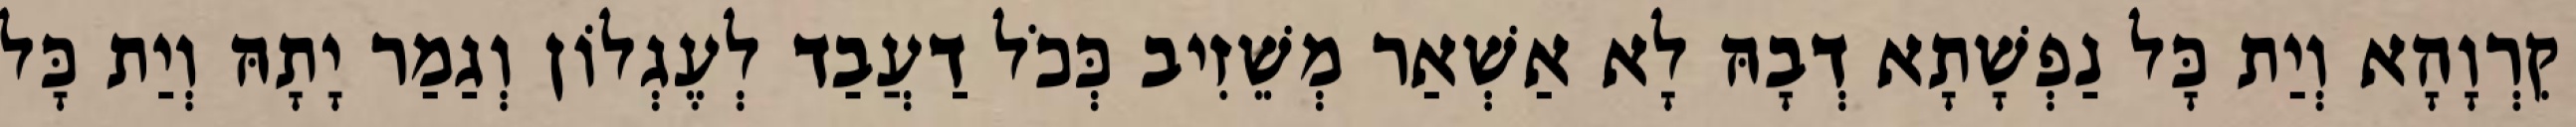
קִרְוָהָא וְיַת כָּל נַפְשָׁתָא דְבָהּ לָא אַשְׁאַר מְשֵׁזִיב כְּכֹל דַעֲבַד לְעֶגְלוֹן וְגַמַר יָתָהּ וְיַת כָּל